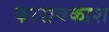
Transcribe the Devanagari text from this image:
कारावकाश